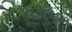
૧૩૯૨